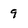
Character: 9